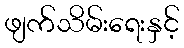
ဖျက်သိမ်းရေးနှင့်